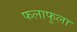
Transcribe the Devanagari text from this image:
फलाफूला